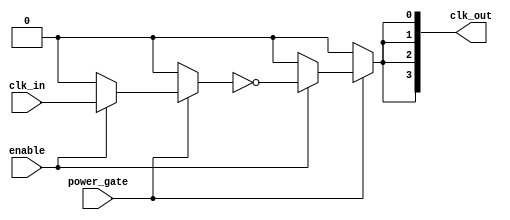
module low_power_clock_buffer (
    input wire clk_in,          // Clock input
    input wire enable,          // Enable signal for the buffer
    input wire power_gate,      // Power gating control signal
    output wire [N-1:0] clk_out // Buffered clock outputs
);
    parameter N = 4;            // Number of buffered outputs
    parameter STAGES = 2;       // Number of buffer stages

    wire clk_stage[STAGES-1:0]; // Intermediate clock signals

    // Stage 1: Initial buffering with inverters and pass-gates
    genvar i;
    generate
        for (i = 0; i < STAGES; i = i + 1) begin : buffer_stage
            if (i == 0) begin
                // First stage: directly drive from clk_in
                assign clk_stage[i] = (power_gate) ? (enable ? clk_in : 1'b0) : 1'b0;
            end else begin
                // Subsequent stages: buffer the previous stage
                assign clk_stage[i] = (power_gate) ? (enable ? ~clk_stage[i-1] : 1'b0) : 1'b0;
            end
        end
    endgenerate

    // Output assignment: distribute the final buffered clock
    generate
        for (i = 0; i < N; i = i + 1) begin : output_buffer
            assign clk_out[i] = clk_stage[STAGES-1]; // Connect all outputs to the last stage
        end
    endgenerate

endmodule